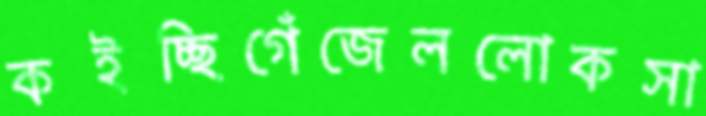
কইচ্ছিগেঁজেললোকসা